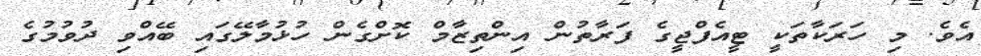
އެވެ. މި ހަރަކާތަކީ ޓީއެފްޖީގެ ފަރާތުން އިންތިޒާމް ކޮށްގެން ހުޅުމާލޭގައި ބޭއްވި ދުވުމުގެ